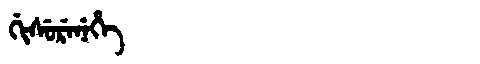
Manchu: ᡤᡳᠰᡠᡵᡝᠨᡝᡥᡝ
Romanization: GISURENEHE